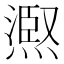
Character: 𭵺